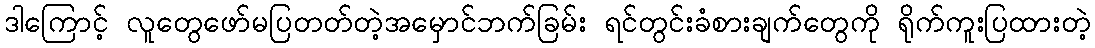
ဒါကြောင့် လူတွေဖော်မပြတတ်တဲ့အမှောင်ဘက်ခြမ်း ရင်တွင်းခံစားချက်တွေကို ရိုက်ကူးပြထားတဲ့